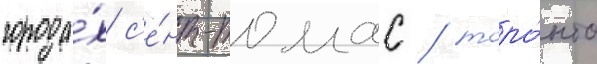
города́х с'е́нт-томас / торо́нто